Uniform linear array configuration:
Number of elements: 64
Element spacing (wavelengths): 0.5
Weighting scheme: uniform
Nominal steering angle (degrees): -15
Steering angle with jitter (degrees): -13.667
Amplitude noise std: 0.05
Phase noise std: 0.05

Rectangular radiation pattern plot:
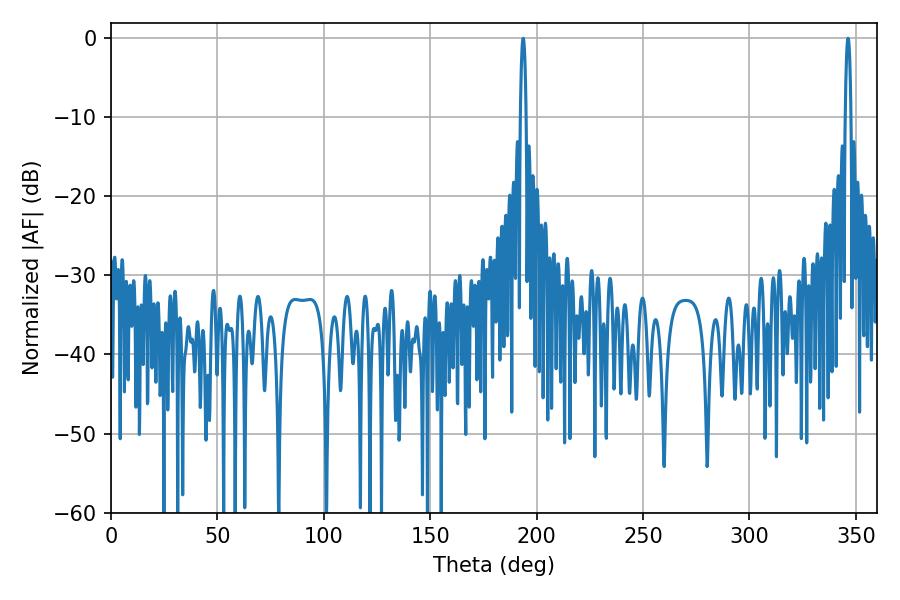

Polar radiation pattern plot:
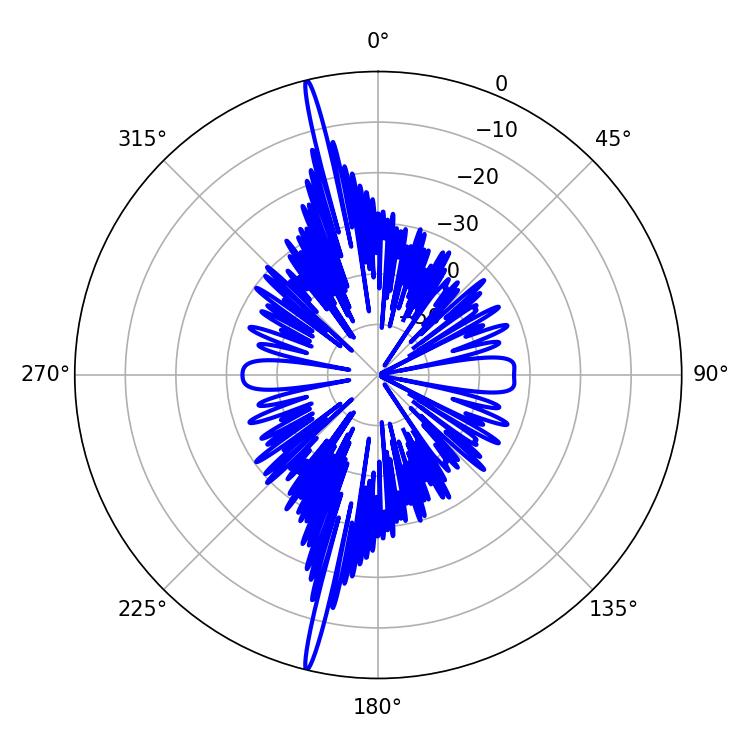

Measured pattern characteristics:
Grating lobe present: FALSE
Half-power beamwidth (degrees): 1.44
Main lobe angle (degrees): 346.32